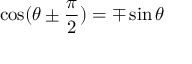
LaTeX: \cos ( \theta \pm { \frac { \pi } { 2 } } ) = \mp \sin \theta